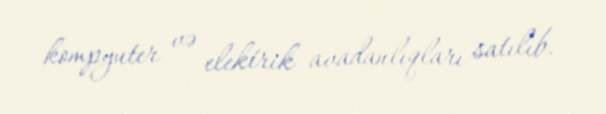
kompyuter və elektrik avadanlıqları satılıb.